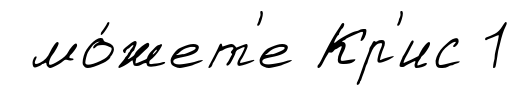
мо́жет'е Кр'ис 1